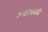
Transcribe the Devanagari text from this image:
आटाचक्की